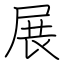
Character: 展